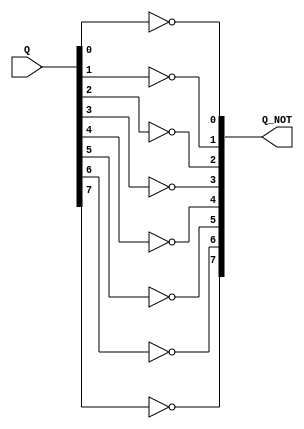
module not_mod( Q, Q_NOT
    );
	 parameter size =8;
	 input [size-1:0] Q;
	 output [size-1:0] Q_NOT;
	 
	 genvar i;
	 generate
		for(i=0; i<size; i=i+1) begin: notblock
		not	   not1		(Q_NOT[i], Q[i]);
		end
	 endgenerate




endmodule